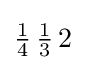
{\tfrac {1}{4}}\,{\tfrac {1}{3}}\,2